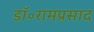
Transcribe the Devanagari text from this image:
डॉ॰रामप्रसाद